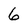
Character: 6